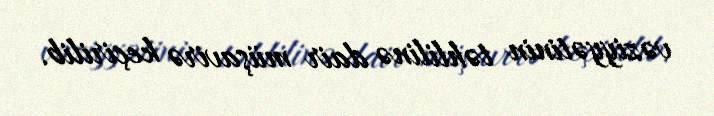
vəziyyətinin təhlilinə dair müşavirə keçirilib.